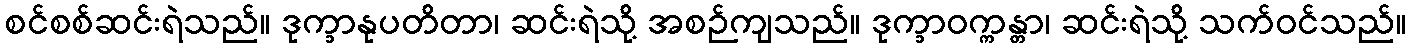
စင်စစ်ဆင်းရဲသည်။ ဒုက္ခာနုပတိတာ၊ ဆင်းရဲသို့ အစဉ်ကျသည်။ ဒုက္ခာဝက္ကန္တာ၊ ဆင်းရဲသို့ သက်ဝင်သည်။